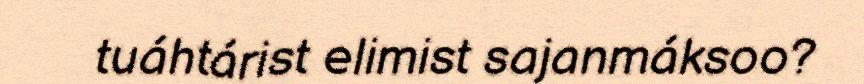
tuáhtárist elimist sajanmáksoo?